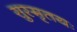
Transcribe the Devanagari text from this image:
सुस्मृतयः